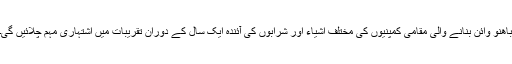
باھنو وائن بنانے والی مقامی کمپنيوں کی مختلف اشياء اور شرابوں کی آئندہ ايک سال کے دوران تقريبات ميں اشتہاری مہم چلائيں گی۔